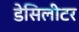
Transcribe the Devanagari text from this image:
डेसिलीटर